Report on vaccination North-West Frontier Province 1904-1922 - 1904-1922
Year: 1904
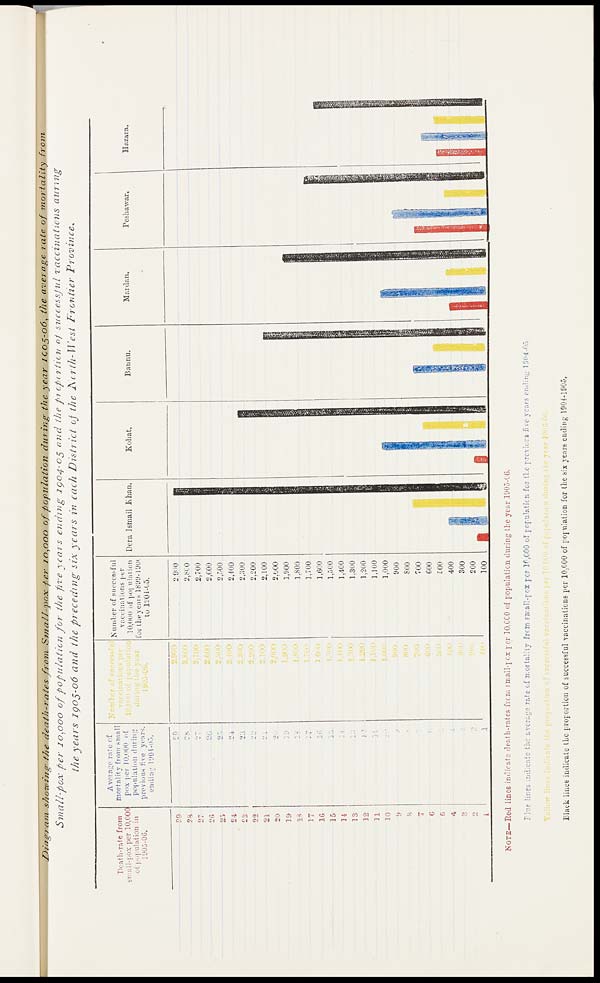
Diagram showing the death-rates ƒrom Small-pox per 10,000 of population during the year 1905-06, the average rate of mortality
from
Small-pox per 10,000 of population for the five years ending 1904-05 and the proportion of successful vaccinations
during
the years 1905-06 and the preceding six years in each District of the North-West
Frontier
Province.